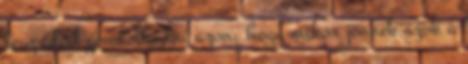
lesz időd gondolkodni azon, hogy mikor jönnek azok a